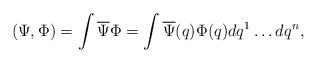
LaTeX: \begin{align*}( \Psi, \Phi )=\int \overline{\Psi}\Phi=\int \overline{\Psi}(q)\Phi(q)dq^{1} \ldots dq^{n},\end{align*}